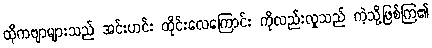
ထိုကဗျာများသည် အင်းဟင်း ထိုင်းလေကြောင်း ကိုလည်းလှုသည် ကဲ့သို့ဖြစ်ကြ၏